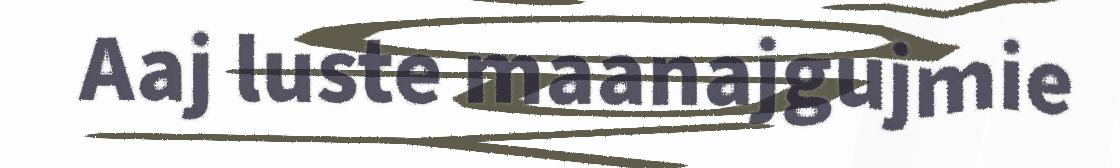
Aaj luste maanajgujmie